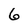
Character: 6